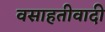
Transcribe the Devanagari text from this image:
वसाहतीवादी